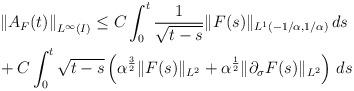
LaTeX: \begin{align*}&\left\|A_F(t)\right\|_{L^\infty(I)}\leq C\int_0^t \frac{1}{\sqrt{t-s}}\|F(s)\|_{L^1(-1/\alpha,1/\alpha)}\,ds\\&+C\int_0^t\sqrt{t-s}\left(\alpha^\frac 32\|F(s)\|_{L^2}+\alpha^\frac 12\|\partial_\sigma F(s)\|_{L^2}\right)\,ds\end{align*}